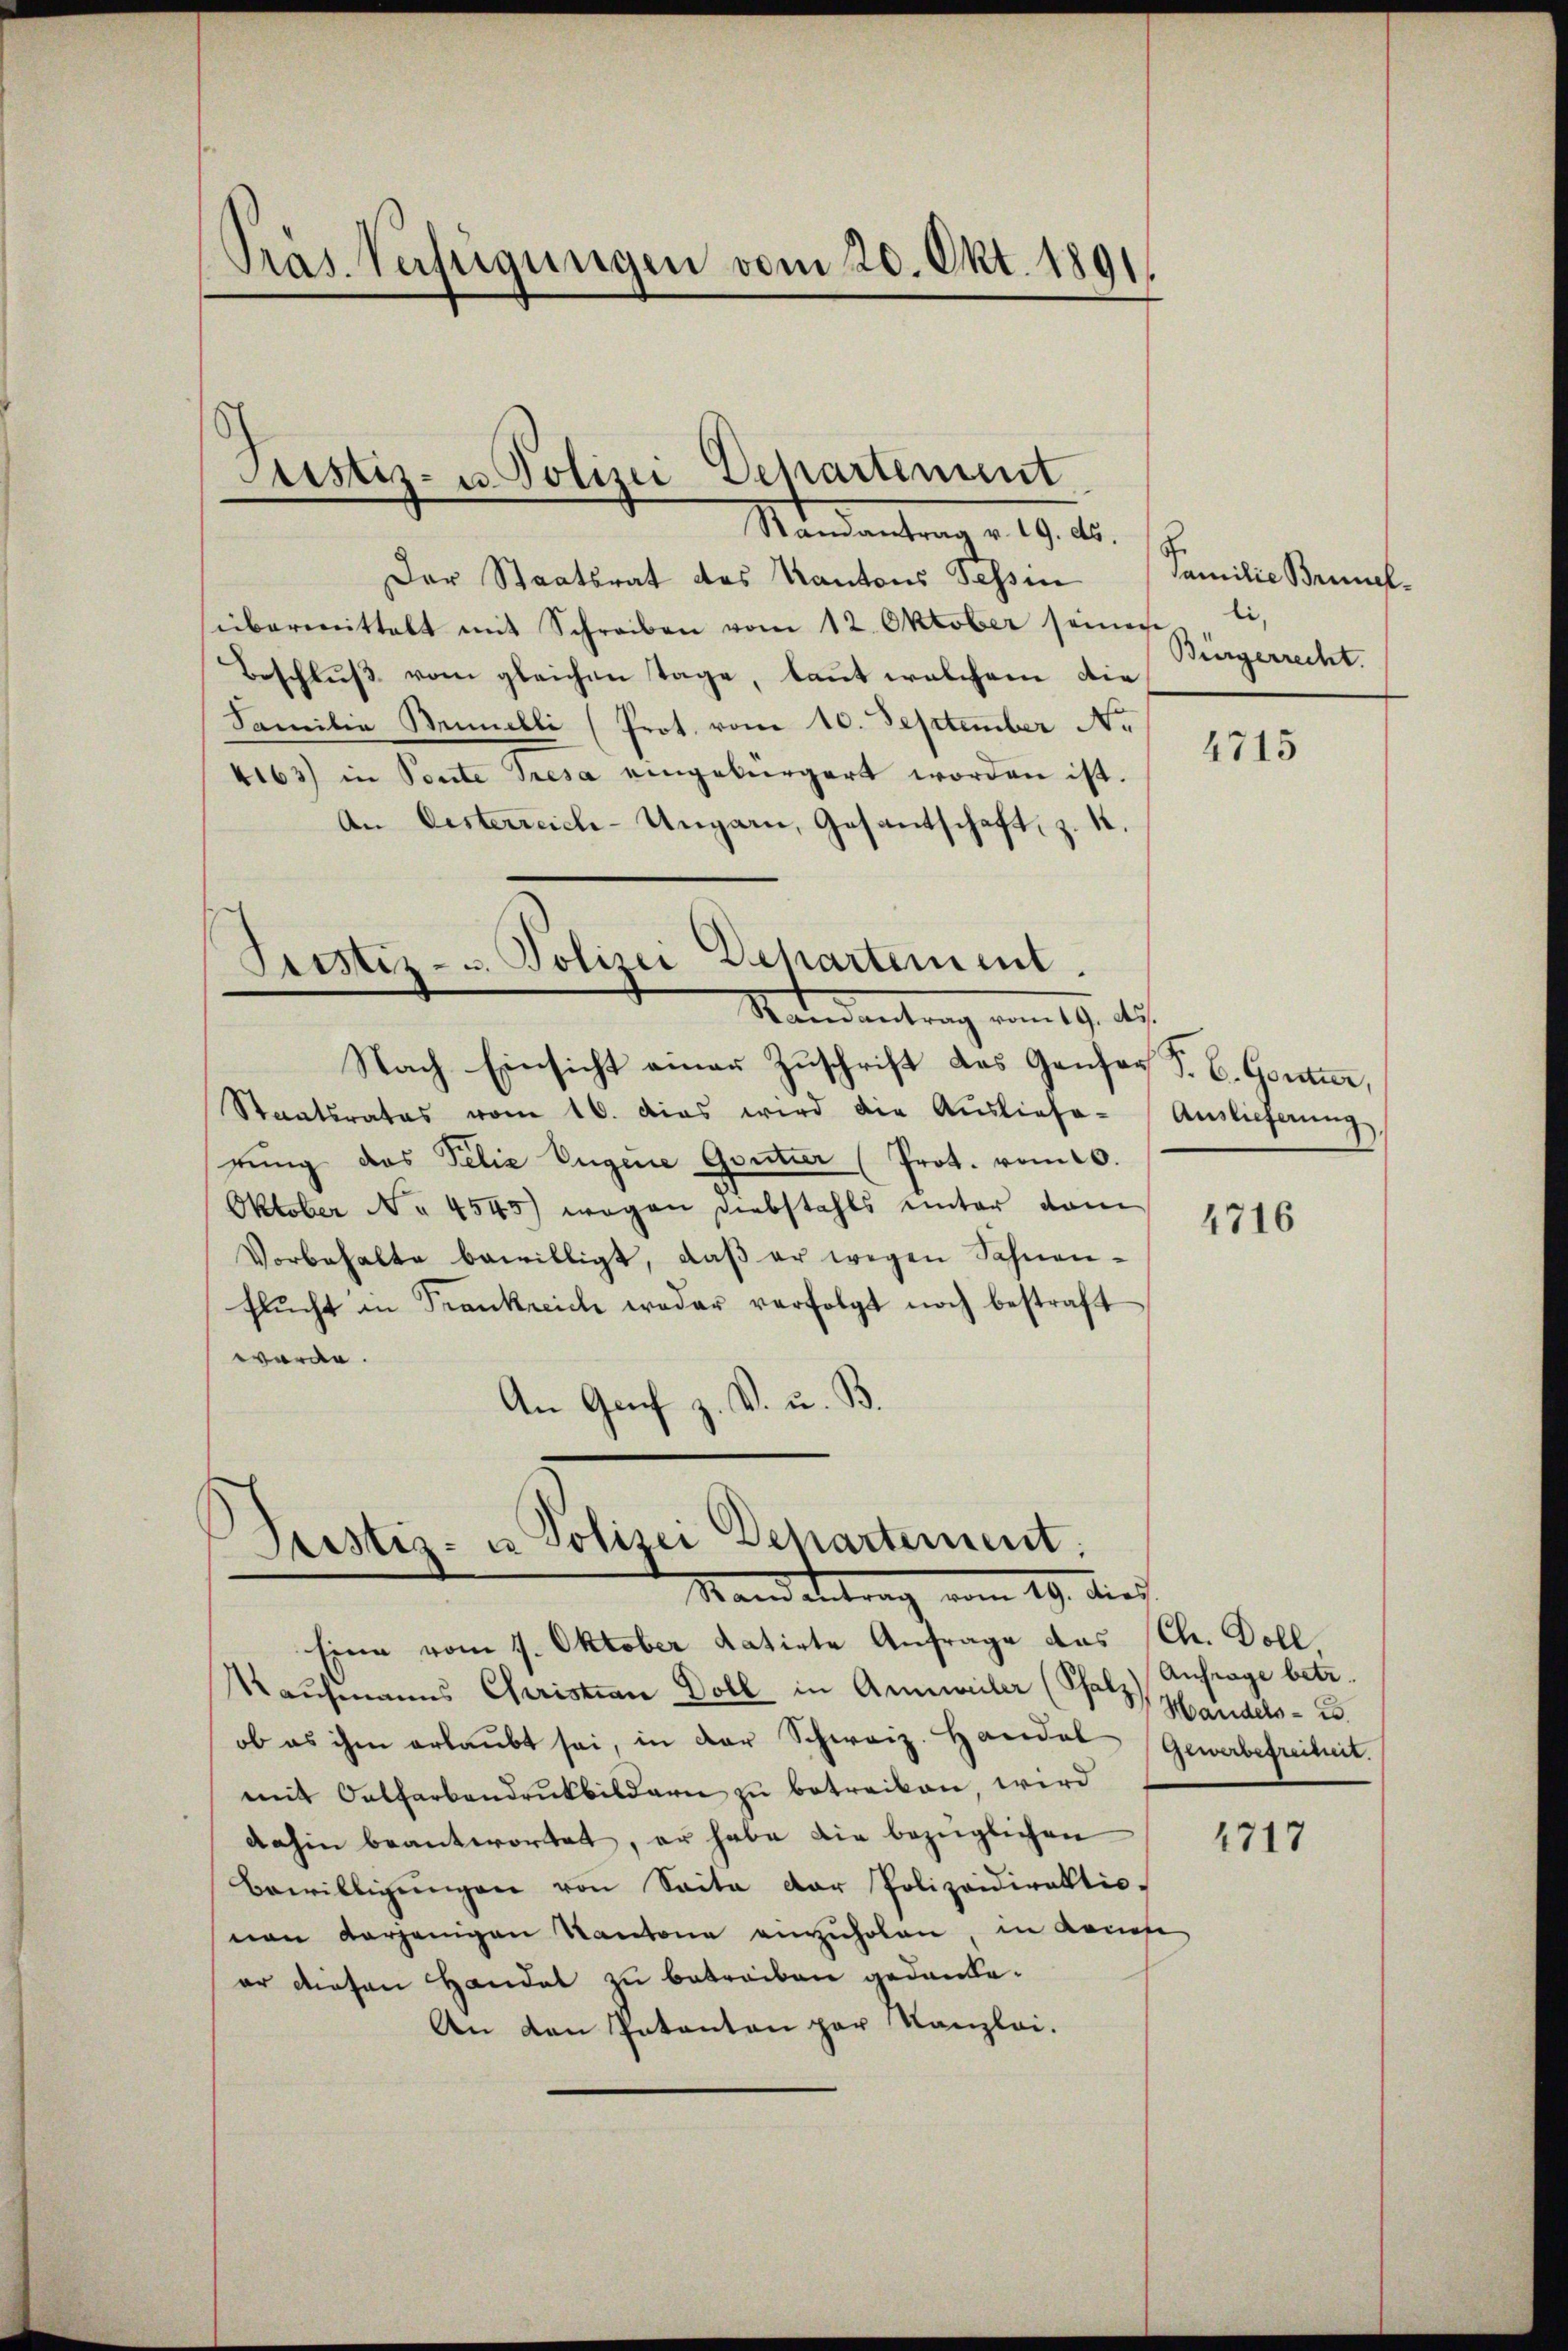
Präs. Verfügungen vom 20. Okt. 1891

Der Staatsrat des Kantons Tessin
übermittelt mit Schreiben vom 12. Oktober seinen li
Beschluß vom gleichen Tage, laut welchem die
Familie Brinelli (Prot. vom 10. September Nr.
4163) in Ponte Tresa eingebürgert worden ist.
An Oesterreich-Ungarn, Gesantschaft, z. 4.
Nach Einsicht einer Zuschrift das Gansos S. C. Goutier,
Staatsrates vom 16. das wird die Aŭsliefe-Auslieferŭng,
rŭng das Felix Eugene Goutier (Prot. vom 10.
Oktober No 4545) wegen Diebstahls unter vom
Vorbehalte bewilligt, daβ er wegen Sahnen-
flŭcht in Frankreich weder verfolgt noch bestraft
wärde.
An Graf z. B. u. B.

Justiz- u. Polizei Departement
Randantrag v. 19. ds.

Picstiz- u. Polizei Departement.
Nandantrag vom 19. d.

)
Justiz- u Polizei Departement.
Stand antrag vom 19. dies

Familie Brunnel¬
Bürgerrecht.

Eine vom 7. Oktober datirte Anfrage das (Ch. Doll
Kaufmanns Christian Doll in Anweiler (Schatz) Anfrage betr.
ob es ihm erlaubt sei, in der Schweiz. Haridal (Gewerbefreiheit.
mit Oelfarbendruckbildern zu betreiben, wird
dahin beantwortet, er habe die bezüglichen
Bewilligungen von Saite der Polizeidirektio-
von derjenigen Kantone einzuholen, in Konte
er diesen Handel zu betreiben gedanke.
An den Intanton par Kanzlei.

4715

4716

Handels- u.

1717